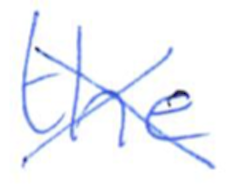
Text: the
Cross-out: cross
Writing tool: ballpoint